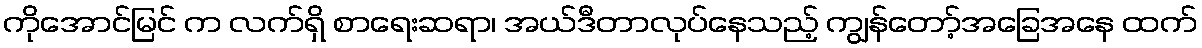
ကိုအောင်မြင် က လက်ရှိ စာရေးဆရာ၊ အယ်ဒီတာလုပ်နေသည့် ကျွန်တော့်အခြေအနေ ထက်